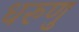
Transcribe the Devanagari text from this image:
धरुणु